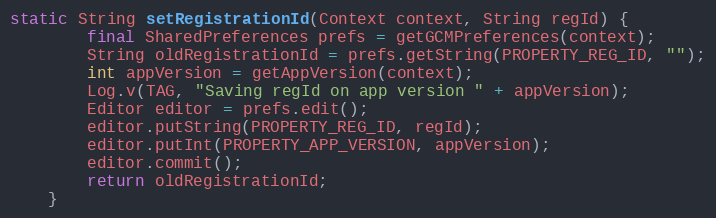
Language: Java
static String setRegistrationId(Context context, String regId) {
        final SharedPreferences prefs = getGCMPreferences(context);
        String oldRegistrationId = prefs.getString(PROPERTY_REG_ID, "");
        int appVersion = getAppVersion(context);
        Log.v(TAG, "Saving regId on app version " + appVersion);
        Editor editor = prefs.edit();
        editor.putString(PROPERTY_REG_ID, regId);
        editor.putInt(PROPERTY_APP_VERSION, appVersion);
        editor.commit();
        return oldRegistrationId;
    }